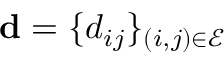
\mathbf { d } = \{ d _ { i j } \} _ { ( i , j ) \in \mathcal { E } }